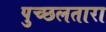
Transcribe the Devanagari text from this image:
पुच्छलतारा